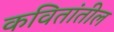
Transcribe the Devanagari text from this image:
कवितांतील